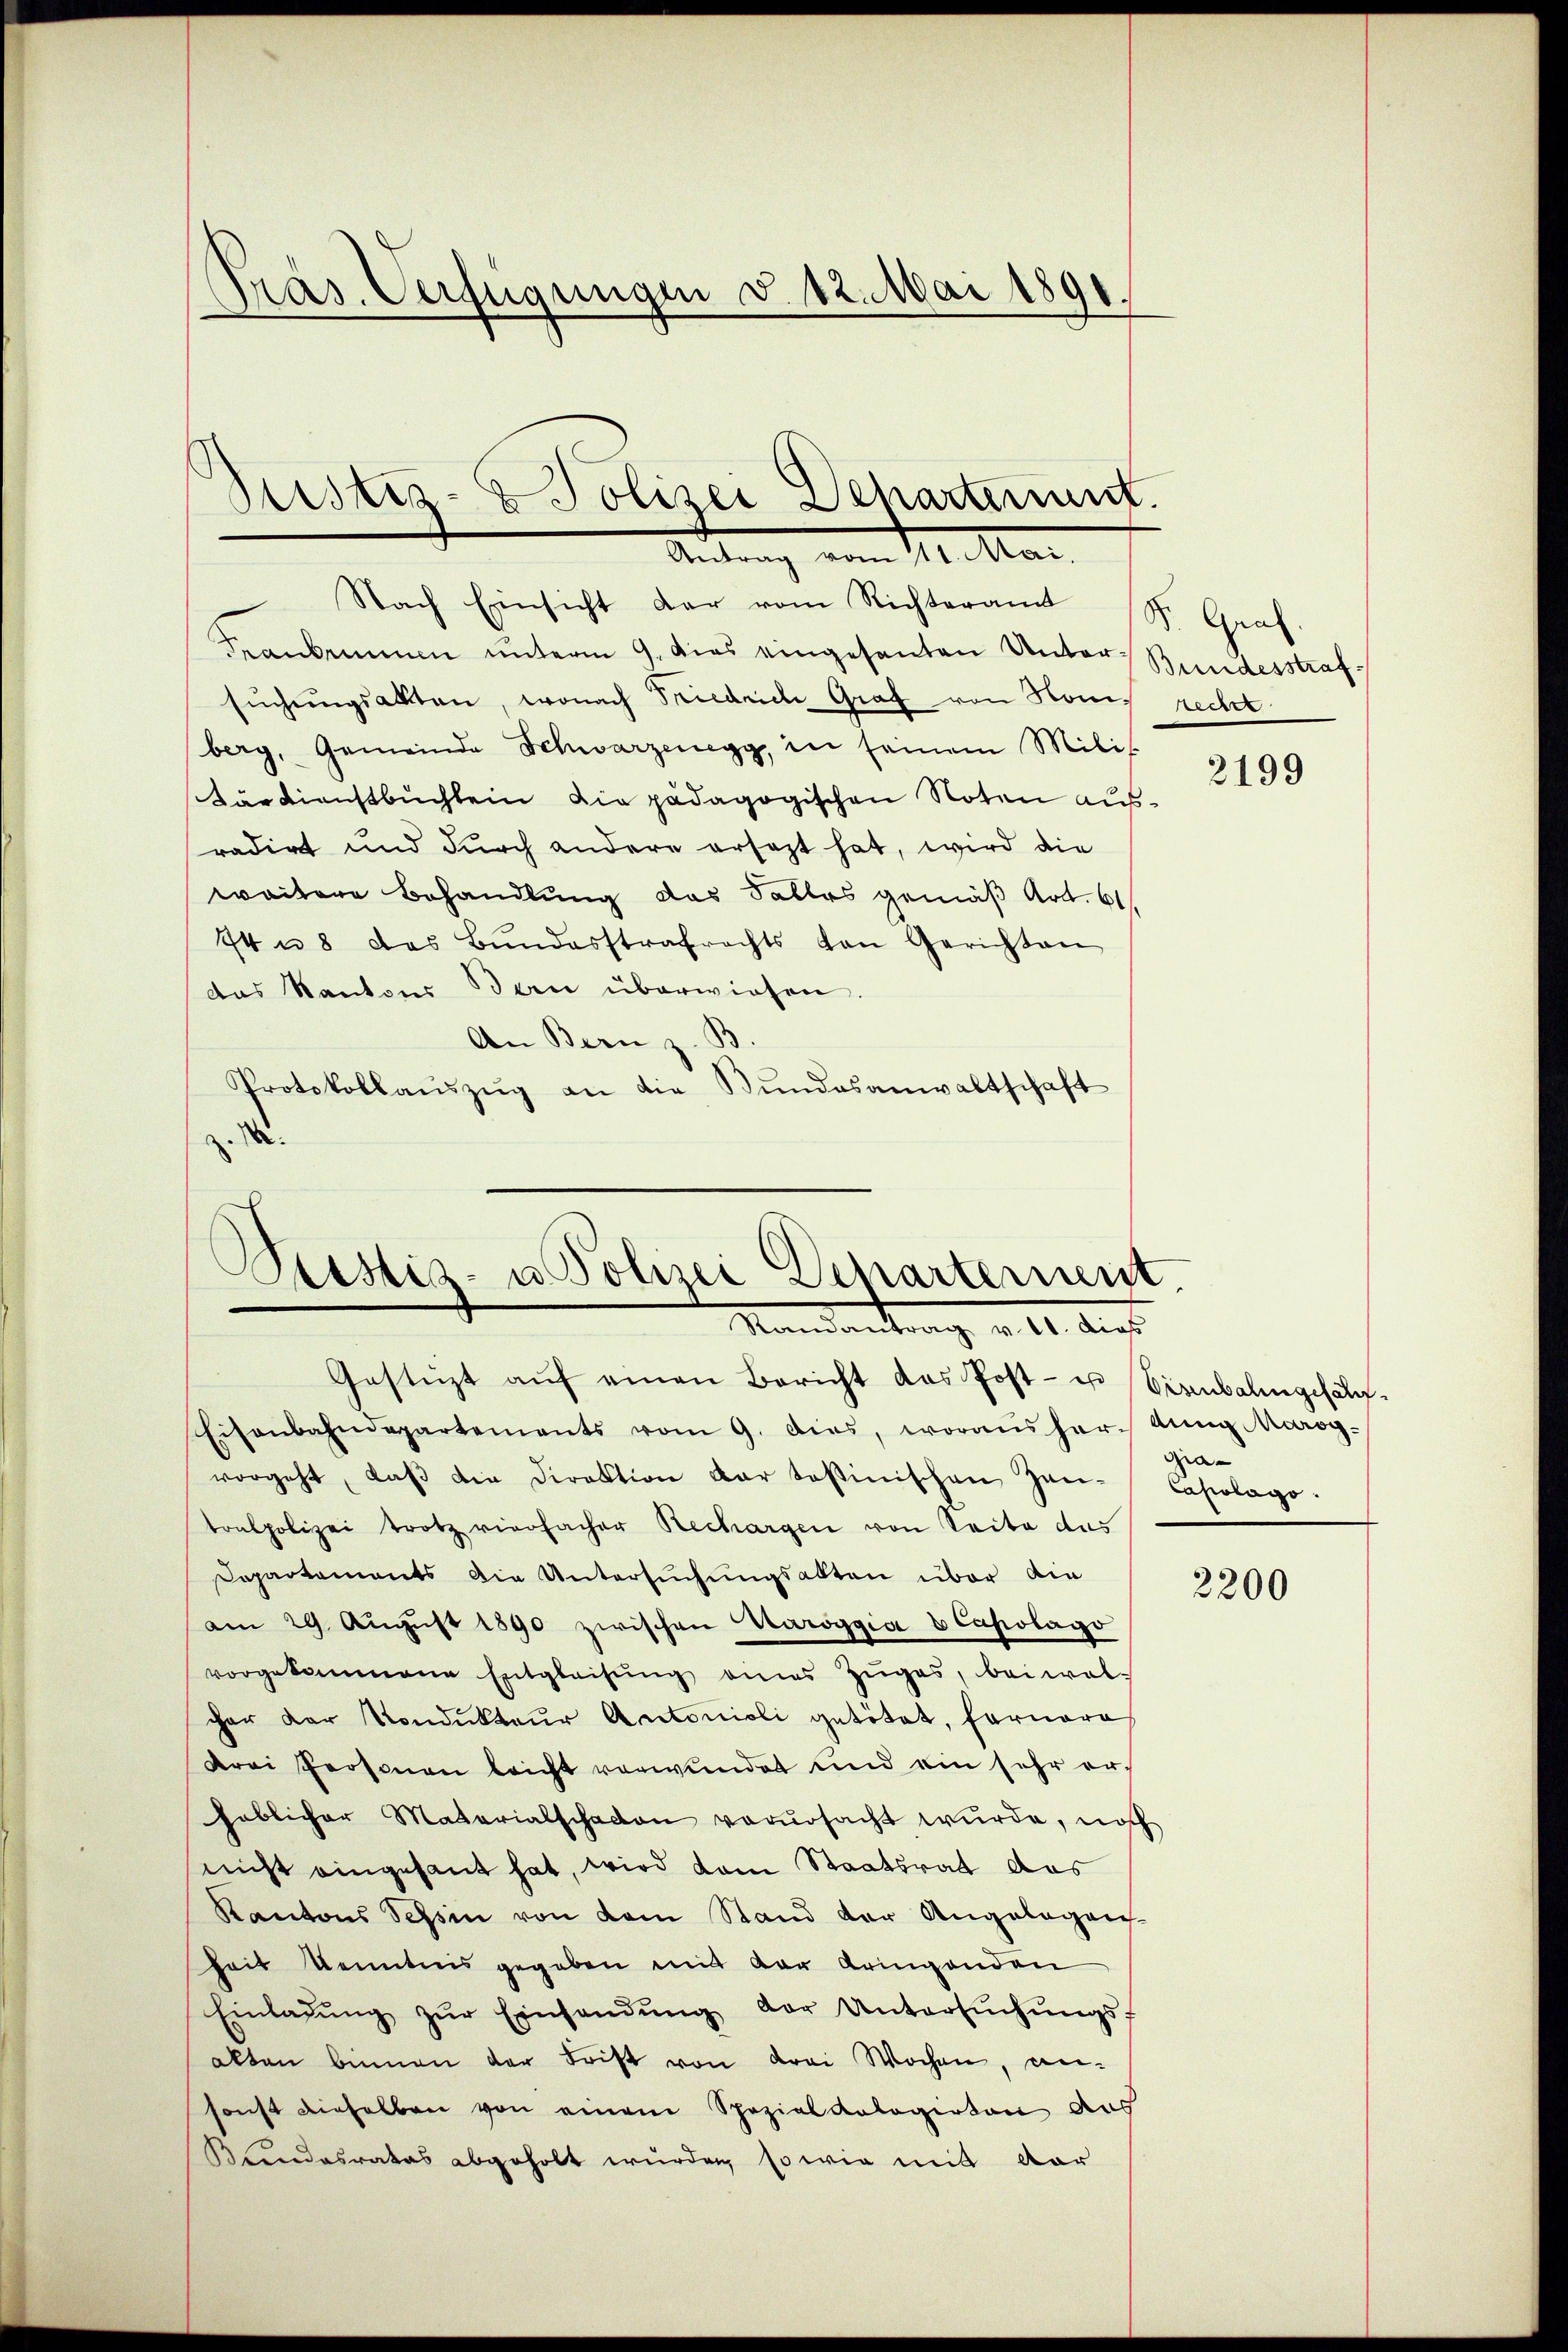
Präs. Verfügungen d. 12. Mai 1891.
¬

Justiz- & Polizei Departiunt.
Autung vom 11. Mar

Nach Einsicht dar vom Richteramt St. Graf.
Frankommen unterm 9. dies eingesanten Unter Bundesstrafsŭchŭngsakten, wonach Stiedrich Graf von Nomiberg, Gemeinde Schwarzenegg, in seinem Mili
Därdienstbuchlein Die pädagogischen Noten ausradirt und durch andere ersezt hat, wird die
weitere Behandlung das Falles gemäß Art. 61
74 n 8 das Bŭndesstrafrechts von Gerichten
das Kantons Bern überwiesen.
An Bern z. B.
Protokollaŭszŭg an die Bŭndesanwaltschaft
z. R.

Peistis- u. Polizei Departernent
Mandantrag v. 11. Sept
Gestüzt aŭf einen Bericht das Post- u Eisenbalingehal¬

Eisenbahndepartements vom 9. dies, woraus her Aŭng Marog-
vorgeht, daβ die Direktion dar testinischen Zeu-Capolago
toalpolizei trotz vierfacher Rechargen von Seite dus
Departaments die Untersŭchŭngsakten über die
am 29. Aŭgŭst 1890 zwischen Karoggia u Capolago
vorgekommene Entgleisŭng eines Zuges, beiwol-
cher der Kondukteur Antonioli getötet, fernere
drei Personen leicht verwundet und ein sehr erheblicher Materialschaden verŭrsacht wŭrde, noch
nicht eingesant hat, wird dem Staatsrat das
Kantons Tessin von dem Stand der Angelegen-
heit kenntnis gegeben mit der bringenden
Einladŭng zŭr Einsendŭng der Untersŭchŭngs-
alten binnen der Frist von drei Wochen, an-
sonst dieselben von einem Spezialkalogirten aus
Kundesrates abgeholt wurden, so wie mit dar

recht

2199

gia¬

2200